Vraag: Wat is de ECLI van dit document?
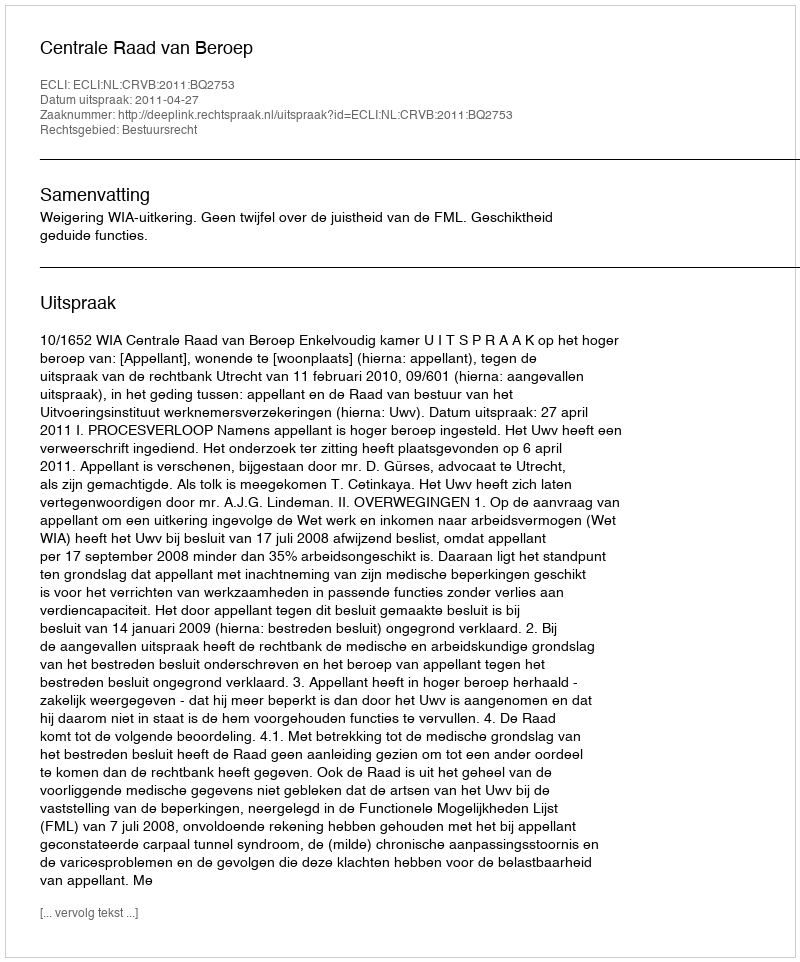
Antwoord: ECLI:NL:CRVB:2011:BQ2753